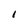
Character: l